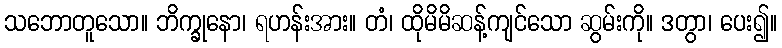
သဘောတူသော။ ဘိက္ခုနော၊ ရဟန်းအား။ တံ၊ ထိုမိမိဆန့်ကျင်သော ဆွမ်းကို။ ဒတွာ၊ ပေး၍။